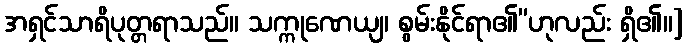
အရှင်သာရိပုတ္တရာသည်။ သက္ကုဏေယျ၊ စွမ်းနိုင်ရာ၏”ဟုလည်း ရှိ၏။]